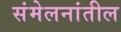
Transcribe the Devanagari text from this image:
संमेलनांतील